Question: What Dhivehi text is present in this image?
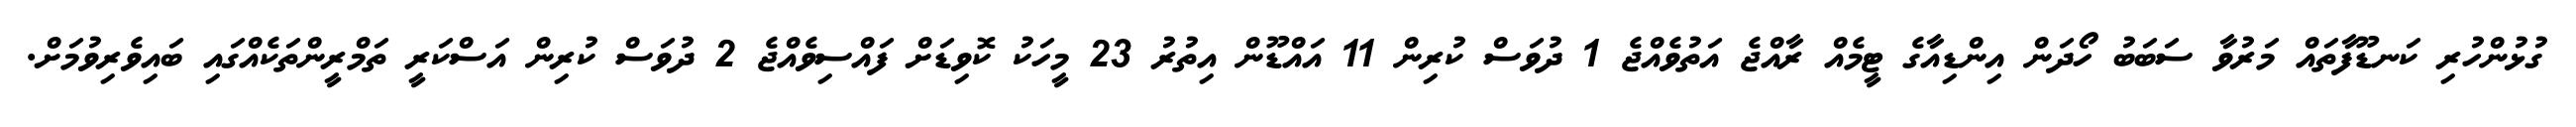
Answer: ގުޅުންހުރި ކަނޑޫފާތައް މަރުވާ ސަބަބު ހޯދަން އިންޑިއާގެ ޓީމެއް ރާއްޖެ އަތުވެއްޖެ 1 ދުވަސް ކުރިން 11 އައްޑޫން އިތުރު 23 މީހަކު ކޮވިޑަށް ފައްސިވެއްޖެ 2 ދުވަސް ކުރިން އަސްކަރީ ތަމްރީންތަކެއްގައި ބައިވެރިވުމަށް.